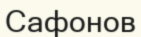
Сафонов